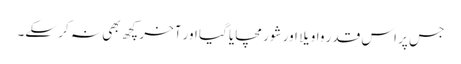
جس پر اس قدر واویلا اور شور مچایا گیا اور آخر کچھ بھی نہ کر سکے۔